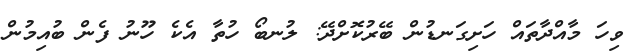
ވިހަ މާއްދާތައް ހަށިގަނޑުން ބޭރުކޮށްދޭ: ލުނބޯ ހުތާ އެކެ ހޫނު ފެން ބުއިމުން